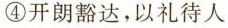
④开朗豁达，以礼待人